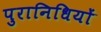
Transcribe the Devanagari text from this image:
पुरानिधियों